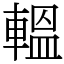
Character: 轀